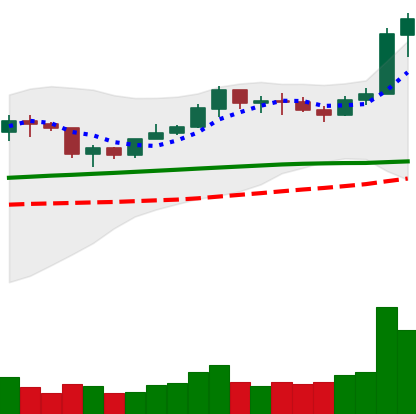
Ticker: LINK-USD
Chart end date: 2020-02-08
Forward return: 13.472%
Label: up_7plus